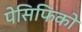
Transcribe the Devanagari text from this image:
पेसिफिको